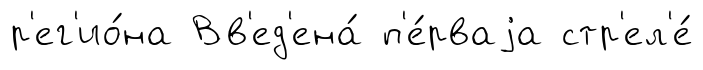
р'ег'ио́на Вв'ед'ена́ п'е́рваjа стр'ел'е́